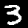
Label: 3